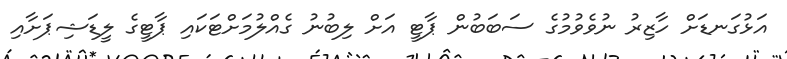
އަޅުގަނޑަށް ހާޒިރު ނުވެވުމުގެ ސަބަބުން ޕާޓީ އަށް ލިބުނު ގެއްލުމަށްޓަކައި ޕާޓީގެ ލީޑަޝިޕަށާއި